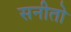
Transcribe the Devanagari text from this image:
सनीतो